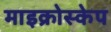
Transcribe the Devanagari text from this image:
माइक्रोस्केप